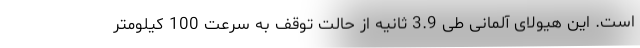
است. این هیولای آلمانی طی 3.9 ثانیه از حالت توقف به سرعت 100 کیلومتر